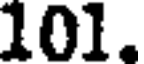
101.